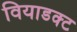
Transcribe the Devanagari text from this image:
वियाडक्ट